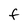
Character: f